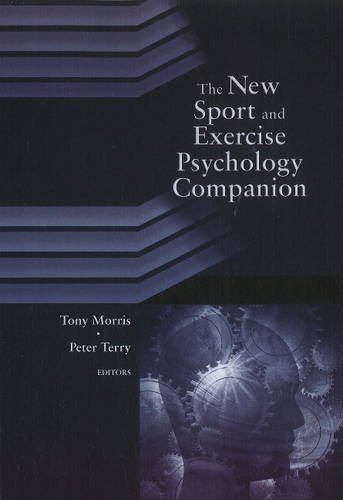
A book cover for The New Sport and Exercise Psychology Companion; Tony Morris; Sports & Outdoors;